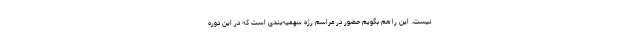
نیست. این را هم بگویم حضور در مراسم رژه سهمیه‌بندی است که در این دوره